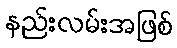
နည်းလမ်းအဖြစ်